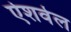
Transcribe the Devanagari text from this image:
ऐशवेल